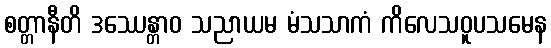
စတ္တာနီတိ ဒဿေန္တာဝ သညာယမ မံသသာကံ ကိလေသဝူပသမေန